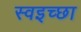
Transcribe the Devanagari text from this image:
स्वइच्छा